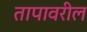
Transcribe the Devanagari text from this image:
तापावरील